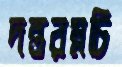
দন্তরম্নচি